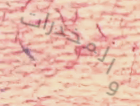
والمخدرات